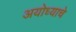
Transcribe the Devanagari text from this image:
अयोध्याचे